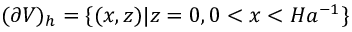
( \partial V ) _ { h } = \{ ( x , z ) | z = 0 , 0 < x < H a ^ { - 1 } \}